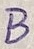
Text: B